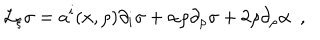
{ \cal L } _ { \xi } \sigma = a ^ { i } ( x , \rho ) \partial _ { i } \sigma + \alpha \rho \partial _ { \rho } \sigma + 2 \rho \partial _ { \rho } \alpha ~ ~ ,